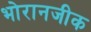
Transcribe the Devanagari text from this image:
भोरानजीक